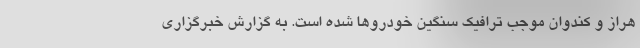
هراز و کندوان موجب ترافیک سنگین خودروها شده است. به گزارش خبرگزاری